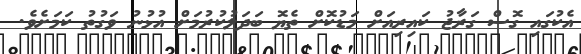
އެކުގައި ގޮސް ގަރާޖު ކައިރިއަށް މަޑުކޮށް ތެޔޮ ބަދަލުކުރުމަށް އުޅުނު ވަގުތު ކަމަށެވެ.